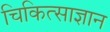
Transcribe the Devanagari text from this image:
चिकित्साज्ञान